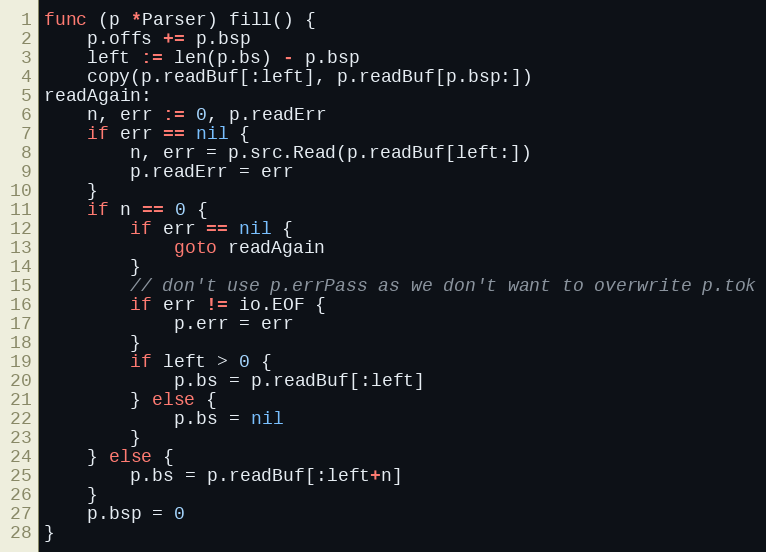
Language: Go
func (p *Parser) fill() {
	p.offs += p.bsp
	left := len(p.bs) - p.bsp
	copy(p.readBuf[:left], p.readBuf[p.bsp:])
readAgain:
	n, err := 0, p.readErr
	if err == nil {
		n, err = p.src.Read(p.readBuf[left:])
		p.readErr = err
	}
	if n == 0 {
		if err == nil {
			goto readAgain
		}
		// don't use p.errPass as we don't want to overwrite p.tok
		if err != io.EOF {
			p.err = err
		}
		if left > 0 {
			p.bs = p.readBuf[:left]
		} else {
			p.bs = nil
		}
	} else {
		p.bs = p.readBuf[:left+n]
	}
	p.bsp = 0
}